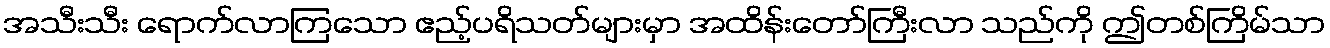
အသီးသီး ရောက်လာကြသော ဧည့်ပရိသတ်များမှာ အထိန်းတော်ကြီးလာ သည်ကို ဤတစ်ကြိမ်သာ